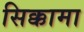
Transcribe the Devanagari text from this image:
सिक्कामा